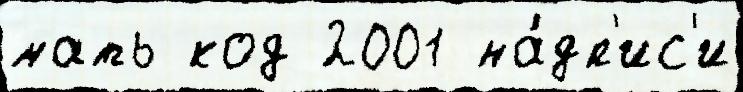
мать код 2001 на́дп'ис'и